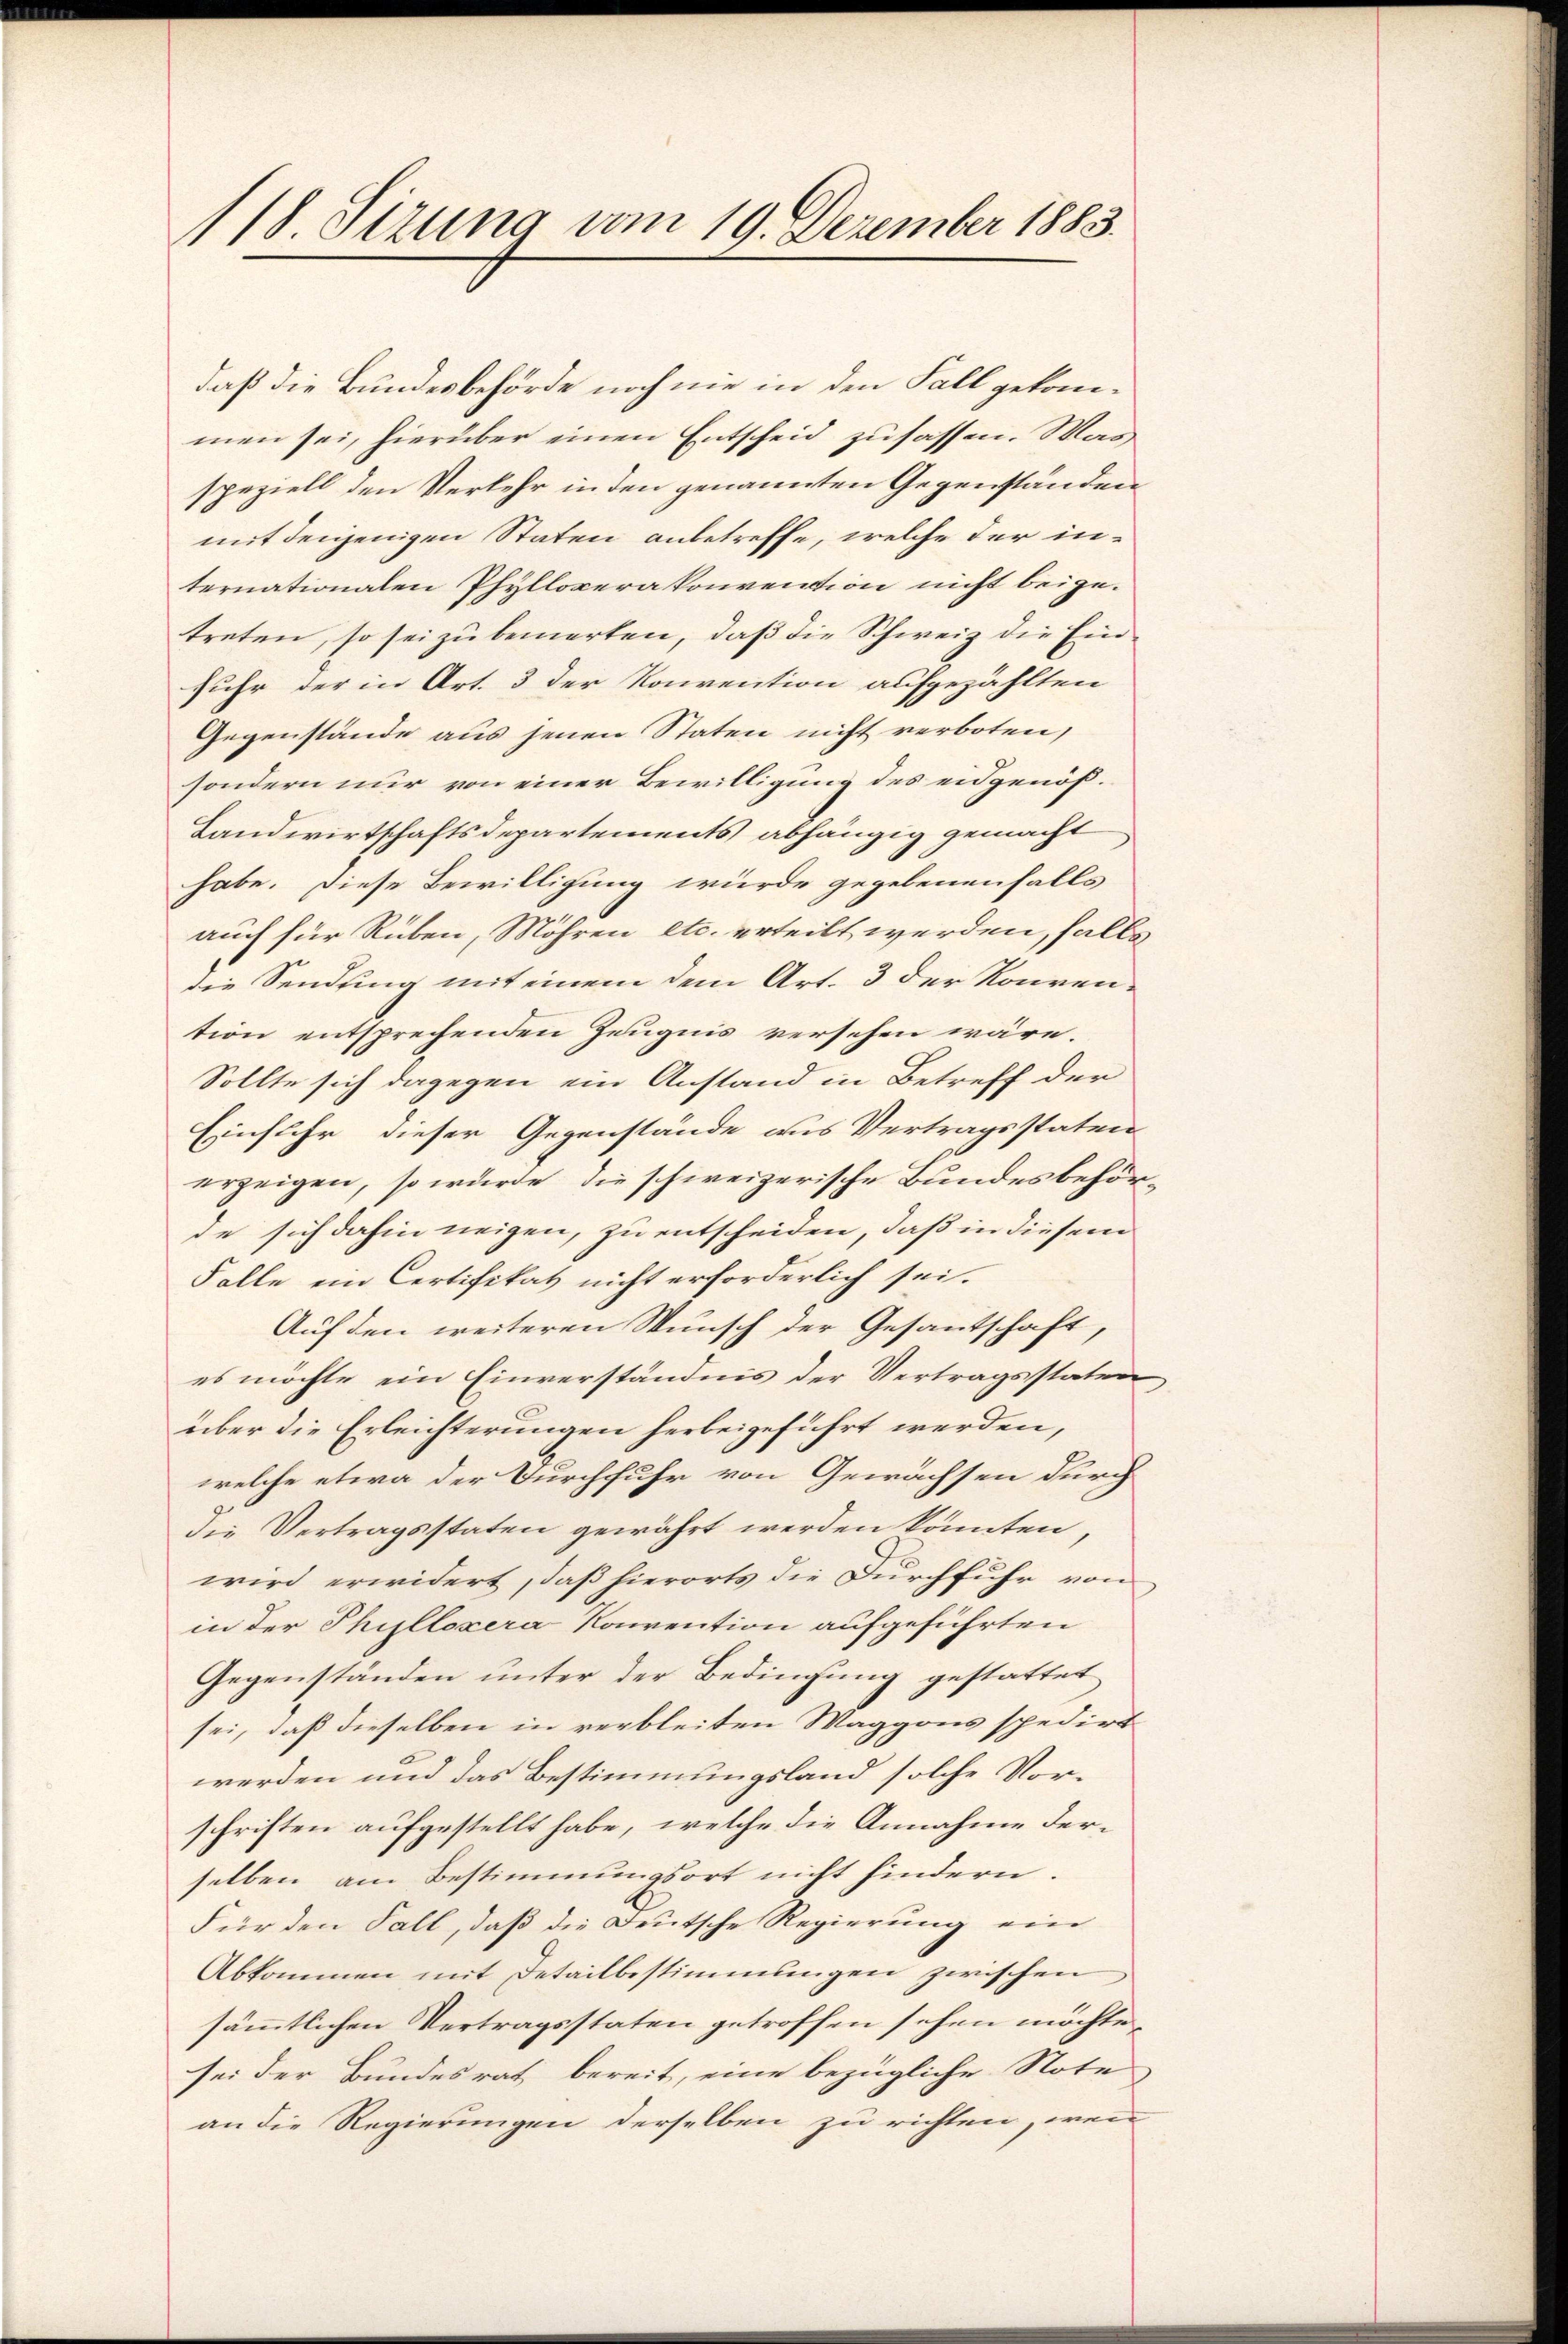
118. Sizung vom 19. Dezember 1883.

daß die Bundesbehörde noch nie in den Fall gekommen sei, hierüber einen Entscheid zufassen. Mar
speziell den Verkehr in den genannten Gegenständen
mit denjenigen Staten anbetreffe, welche der internationalen Phylloperakonvention nicht beigetreten, so sei zu bemerken, daß die Schweiz die Einfuhr der in Art. 3 der Konvention aufgezählten
Gegenstände aus jenen Staten nicht verboten,
sondern nur von einer Bewilligung des eidgenöß¬
Landwirtschaftsdepartements abhängig gemacht
habe. Diese Bewilligung würde gegebenenfalls
auch für Rüben, Möhren etc. erteilt werden, falls
die Sendung mit einem dem Art. 3 der Konvention entsprechenden Zeugnis versehen wäre.
Sollte sich dagegen ein Anstand in Betreff der
Einfuhr dieser Gegenstände aus Vertragsstaten
erzeigen, so wurde die schweizerische Bundesbehörde sich dahin neigen, zu entscheiden, daß in diesem
Falle ein Certifikat nicht erforderlich sei.
Auf den weiteren Wunsch der Gesantschaft,
es möchte ein Einverständnis der Vertragsstaten
über die Erleichterungen herbeigeführt werden,
d
welche etwa der Durchfuhr von Gewächsen durch
die Vertragsstaten gewährt werden könnten,
wird erwidert, daß hierorts die Durchfuhr von
in der Phillosera Konvention aufgeführten
Gegenständen unter der Bedingung gestattet
sei, daß dieselben in verbleiten Maggons spedirt
werden und das Bestimmungsland solche Vorschriften aufgestellt habe, welche die Annahme derselben am Bestimmungsort nicht hindern.
Für den Fall, daß die Deutsche Regierung ein
Abkommen mit Detailbestimmungen zwischen
sämmtlichen Vertragsstaten getroffen sehen möchte.
sei der Bundesrath bereit, eine bezügliche Note
an die Regierungen derselben zu richten, wenn